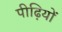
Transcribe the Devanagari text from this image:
पीढ़ियों